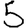
Digit: 5